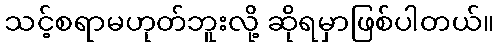
သင့်စရာမဟုတ်ဘူးလို့ ဆိုရမှာဖြစ်ပါတယ်။